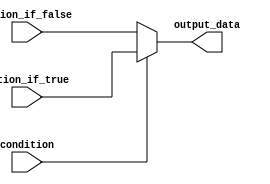
module ternary_operator_example (
    input wire condition,
    input wire [7:0] action_if_true,
    input wire [7:0] action_if_false,
    output reg [7:0] output_data
);

always @* begin
    output_data = condition ? action_if_true : action_if_false;
end

endmodule